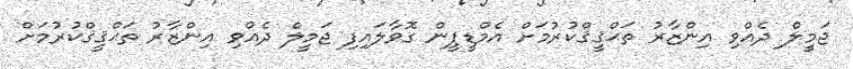
ޖަމީލް ދެއްވި އިންޒާރު ތަޙްޤީޤްކުރުމަށް އެމްޑީޕީން ގޮވާލައިފި ޖަމީލް ދެއްވި އިންޒާރު ތަޙްޤީޤްކުރުމަށް